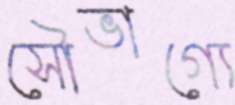
সৌভাগ্যে